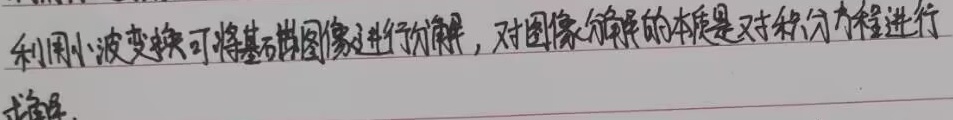
利用小波变换可将某类图像进行分解，对图像分解的本质是对积分方程进行求解。